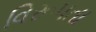
વિરૂપતા